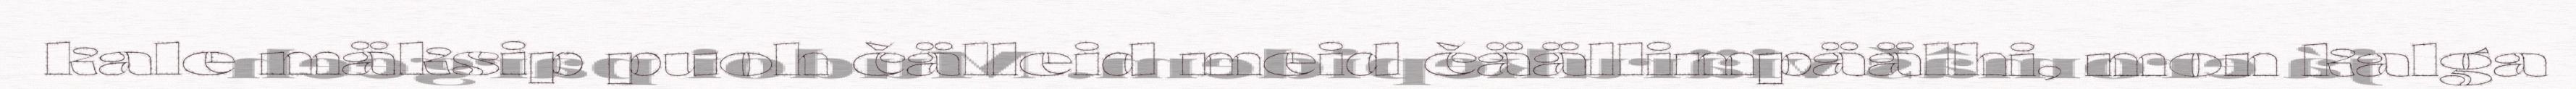
kale mäksip puoh čälleid meid čäällimpäälhi, mon kalga